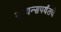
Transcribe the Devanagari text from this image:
सायन्सपर्यंतचे